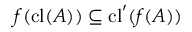
f ( \operatorname { c l } ( A ) ) \subseteq \operatorname { c l } ^ { \prime } ( f ( A ) )